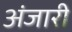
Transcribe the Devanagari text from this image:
अंजारी